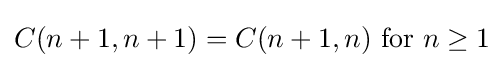
C(n+1,n+1)=C(n+1,n){\text{ for }}n\geq 1